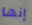
إنها